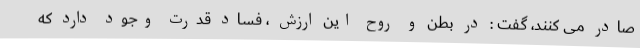
صادر می کنند، گفت : در بطن و روح این ارزش ، فساد قدرت وجود دارد که